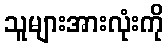
သူများအားလုံးကို